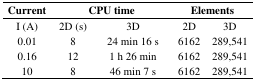
<table><thead><tr><td><b>Current</b></td><td colspan="2"><b>CPU time</b></td><td colspan="2"><b>Elements</b></td></tr></thead><tbody><tr><td>I (A)</td><td>2D (s)</td><td>3D</td><td>2D</td><td>3D</td></tr><tr><td>0.01</td><td>8</td><td>24 min 16 s</td><td>6162</td><td>289,541</td></tr><tr><td>0.16</td><td>12</td><td>1 h 26 min</td><td>6162</td><td>289,541</td></tr><tr><td>10</td><td>8</td><td>46 min 7 s</td><td>6162</td><td>289,541</td></tr></tbody></table>